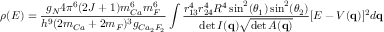
\rho ( E ) = \frac { g _ { N } 4 \pi ^ { 6 } ( 2 J + 1 ) m _ { C a } ^ { 6 } m _ { F } ^ { 6 } } { h ^ { 9 } ( 2 m _ { C a } + 2 m _ { F } ) ^ { 3 } g _ { C a _ { 2 } F _ { 2 } } } \int \frac { r _ { 1 3 } ^ { 4 } r _ { 2 4 } ^ { 4 } R ^ { 4 } \sin ^ { 2 } ( \theta _ { 1 } ) \sin ^ { 2 } ( \theta _ { 2 } ) } { \operatorname* { d e t } \cal I ( { \bf q } ) \sqrt { \operatorname* { d e t } \cal A ( { \bf q } ) } } [ E - V ( { \bf q } ) ] ^ { 2 } d { \bf q }